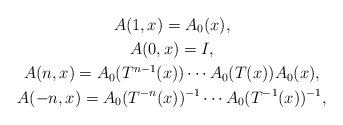
LaTeX: \begin{gather*}A(1,x) = A_0(x), \\A(0,x) = I, \\A(n,x) = A_0(T^{n-1}(x)) \cdots A_0(T(x)) A_0(x), \\ A(-n,x) = A_0(T^{-n}(x))^{-1} \cdots A_0(T^{-1}(x))^{-1},\end{gather*}